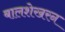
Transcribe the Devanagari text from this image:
बालशेखरन